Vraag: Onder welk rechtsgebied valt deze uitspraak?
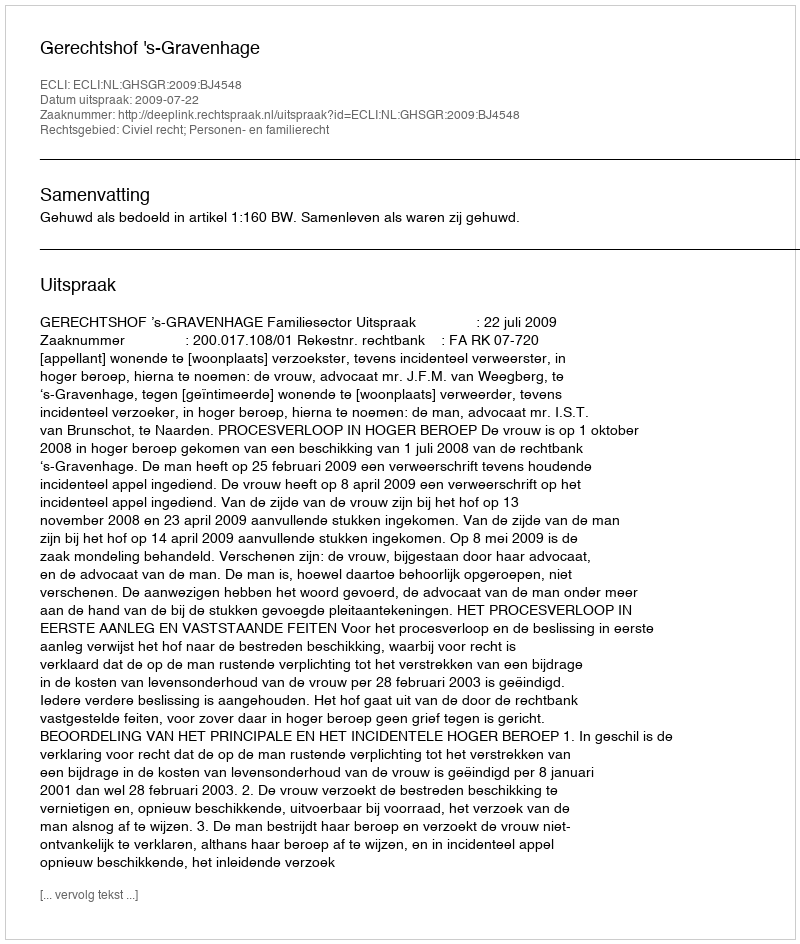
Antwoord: Civiel recht; Personen- en familierecht